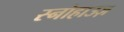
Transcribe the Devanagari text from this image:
स्नोहाउज़